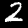
Label: 2